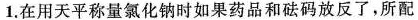
1.在用天平称量氯化钠时如果药品和砝码放反了，所配